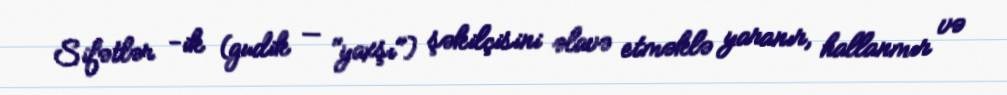
Sifətlər -ik (gudik — "yaxşı") şəkilçisini əlavə etməklə yaranır, hallanmır və